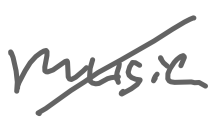
Text: music
Cross-out: diagonal
Writing tool: digital_gray